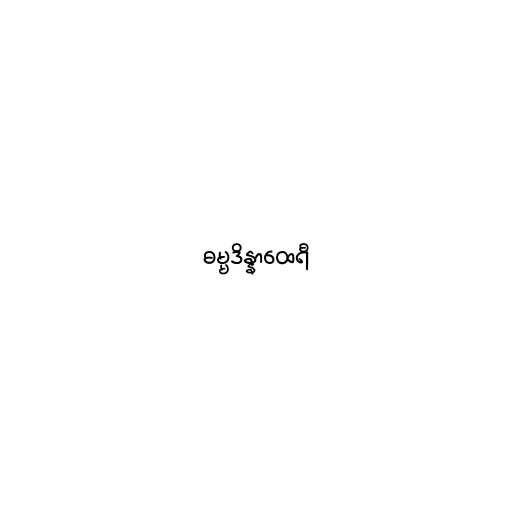
ဓမ္မဒိန္နာထေရီ